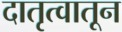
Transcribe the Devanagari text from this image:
दातृत्वातून